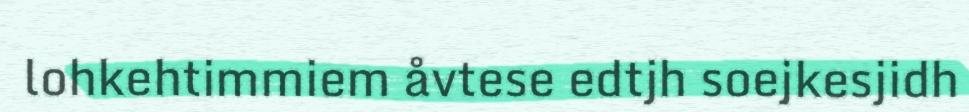
lohkehtimmiem åvtese edtjh soejkesjidh